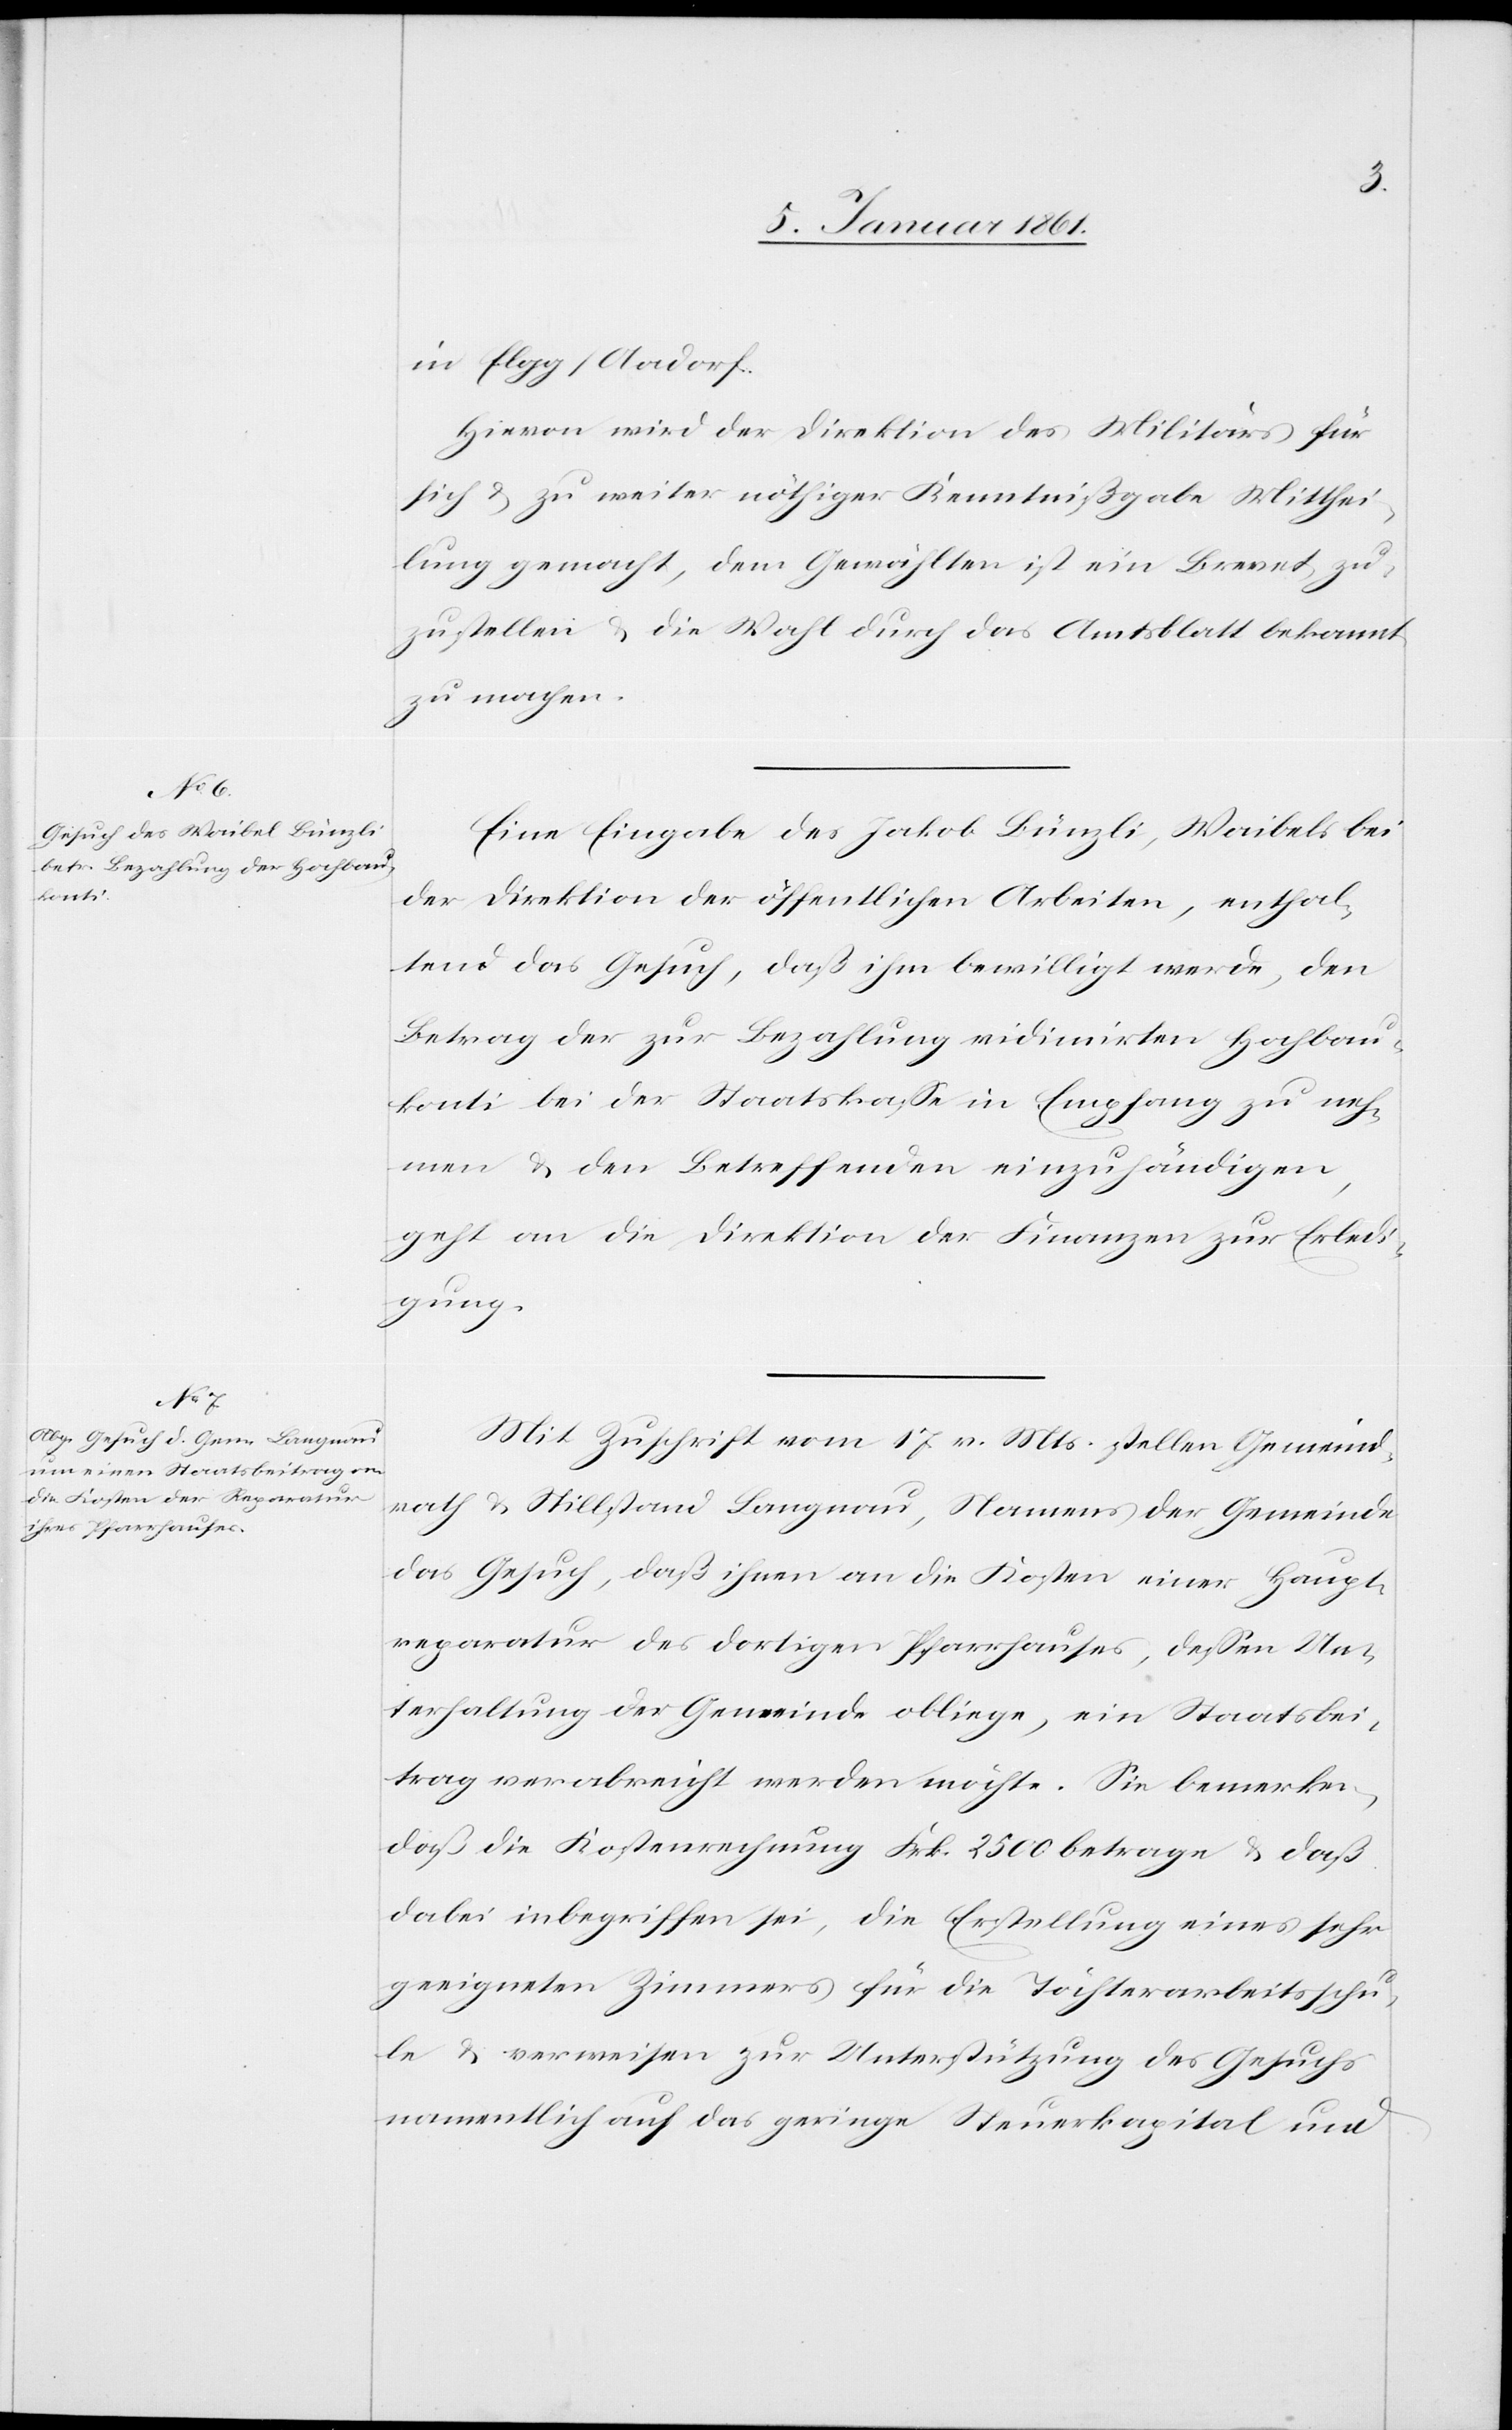
in Elgg/Aadorf.
Hievon wird der Direktion des Militärs für
sich u. zu weiter nöthiger Kenntißgabe Mitthei¬
lung gemacht, dem Gewählten ist ein Brevet zu¬
zustellen u. die Wahl durch das Amtsblatt bekannt
zu machen.
Eine Eingabe des Jakob Bünzli, Waibels bei
der Direktion der öffentlichen Arbeiten, enthal¬
tend das Gesuch, daß ihm bewilligt werde, den
Betrag der zur Bezahlung widimirten Hochbau¬
konti bei der Staatskassa in Empfang zu neh¬
men u. den Betreffenden einzuhändigen,
geht an die Direktion der Finanzen zur Erledi¬
gung.
Mit Zuschrift vom 17. v. Mts. stellen Gemeind¬
rath u. Stillstand Langnau, Namens der Gemeinde
das Gesuch, daß ihnen an die Kosten einer Haupt¬
reparatur des dortigen Pfarrhauses, dessen Un¬
terhaltung der Gemeinde obliege, ein Staatsbei¬
trag verabreicht werden möchte. Sie bemerken,
daß die Kostenrechnung Frk. 2500 betrage u. daß
dabei inbegriffen sei, die Erstellung eines sehr
geeigneten Zimmers für die Töchterarbeitsschu¬
le u. verweisen zur Unterstützung des Gesuchs
namentlich auf das geringe Steuerkapital und